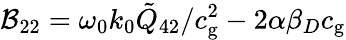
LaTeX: \mathcal{B}_{22}=\omega_{0}k_{0}\tilde{Q}_{42}/c_{\mathrm{g}}^{2}-2\alpha\beta_{D}c_{\mathrm{g}}